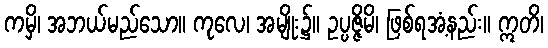
ကမှိ၊ အဘယ်မည်သော။ ကုလေ၊ အမျိုး၌။ ဥပ္ပဇ္ဇိမိ၊ ဖြစ်ရအံ့နည်း။ ဣတိ၊